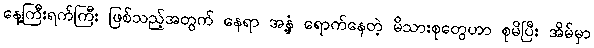
နေ့ကြီးရက်ကြီး ဖြစ်သည့်အတွက် နေရာ အနှံ့ ရောက်နေတဲ့ မိသားစုတွေဟာ စုမိပြီး အိမ်မှာ